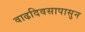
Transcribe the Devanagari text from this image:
वाढदिवसापासुन